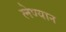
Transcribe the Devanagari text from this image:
लेण्यान